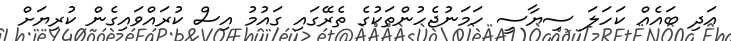
އަދި ބައެއް ކަހަލަ ސިޔާސީ ހަމަނުޖެހުންތަކުގެ ތެރޭގައި ގައުމު އިސް ކުރައްވައިގެން ކުރިޔަށް